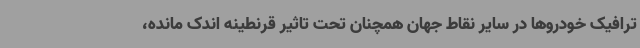
ترافیک خودروها در سایر نقاط جهان همچنان تحت تاثیر قرنطینه اندک مانده،